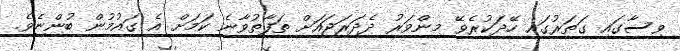
ވިސާގައި ގަތަރުގައި ހޭދަކުރެވޭ މިންވަރު ދެދަރަޖައަށް ތަފާތުވާނެ ކަމަށް އެ ގައުމުން ބުންޏެވެ.